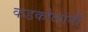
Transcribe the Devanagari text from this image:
कडकोळांनी